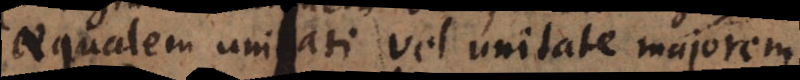
aequalem unitati vel unitate majorem.